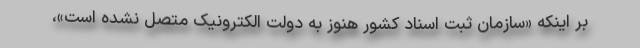
بر اینکه «سازمان ثبت اسناد کشور هنوز به دولت الکترونیک متصل نشده است»،